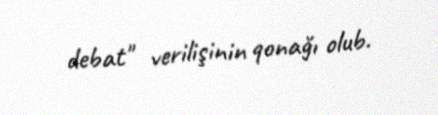
debat" verilişinin qonağı olub.